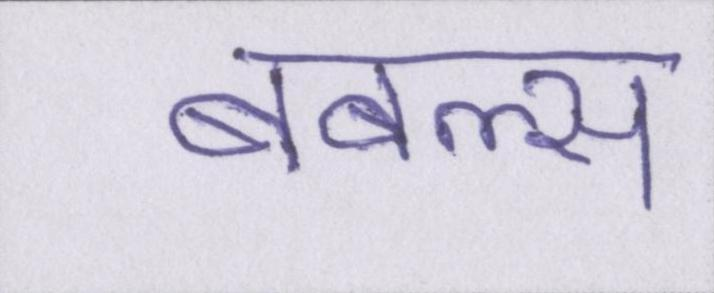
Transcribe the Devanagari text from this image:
बबल्स